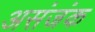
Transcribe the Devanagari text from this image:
असंजंक